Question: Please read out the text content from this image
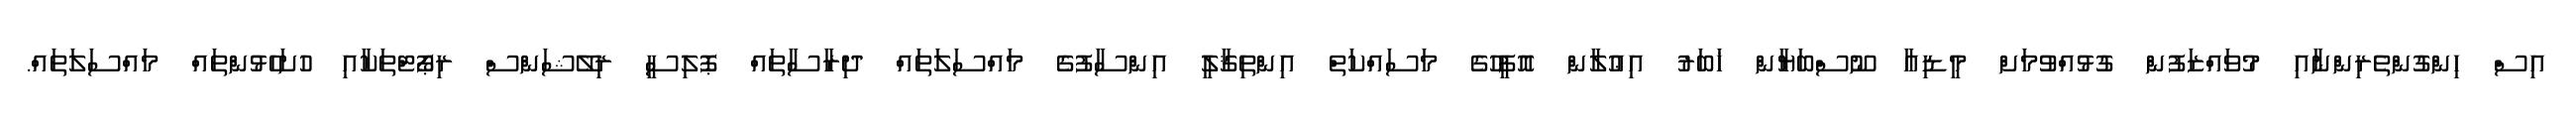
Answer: އިސް ހިންގުންތެރިންނާއި މުވައްޒަފުން ގުޅުއްވުމަށް މީޑިއާ ނޫސްބަޔާން ޚަބަރު އިޢުލާން އޮފީހުގެ މަސައްކަތް އިންތިޤާލީ އިންސާފުގެ މައްސަލަތައް ދިރާސާތައް ޕޮލިސީ ރިލޭޝަންސް ރިޕޯޓްތަކާއި ހުށަހެޅުންތައް މައްސަލަތައް.